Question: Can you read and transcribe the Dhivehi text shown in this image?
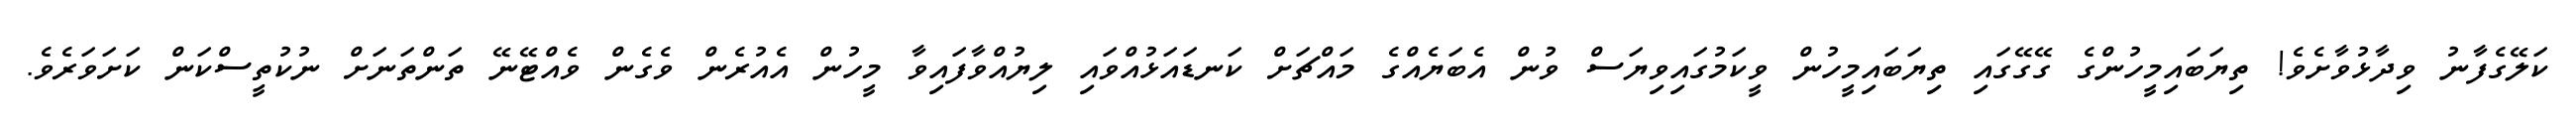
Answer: ކަލޭގެފާނު ވިދާޅުވާށެވެ! ތިޔަބައިމީހުންގެ ގޭގޭގައި ތިޔަބައިމީހުން ވީކަމުގައިވިޔަސް ވުން އެބަޔެއްގެ މައްޗަށް ކަނޑައަޅުއްވައި ލިޔުއްވާފައިވާ މީހުން އެއުރެން ވެގެން ވެއްޓޭނޭ ތަންތަނަށް ނުކުތީސްކަން ކަށަވަރެވެ.